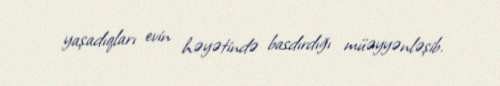
yaşadıqları evin həyətində basdırdığı müəyyənləşib.